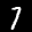
Label: 7